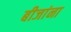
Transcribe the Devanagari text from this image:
बीजांना